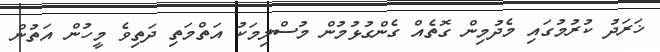
ޚަރަދު ކުރުމުގައި މެދުމިން ގޮތެއް ގެންގުޅުމުން މުސްލިމަކު އަތްމަތި ދަތިވެ މީހުން އަތުން